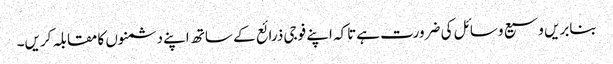
بنابریں وسیع وسائل کی ضرورت ہےتاکہ اپنے فوجی ذرائع کے ساتھ اپنے دشمنوں کا مقابلہ کریں۔